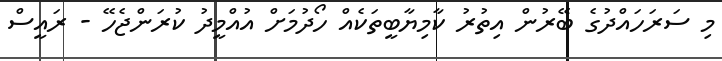
މި ސަރަހައްދުގެ ބޭރުން އިތުރު ކާމިޔާބީތަކެއް ހޯދުމަށް އުއްމީދު ކުރަންޖެހޭ - ރައީސް